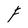
Character: F